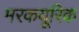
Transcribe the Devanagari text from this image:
मरकयूरिक